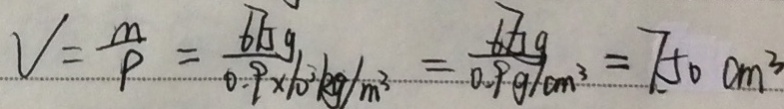
V = \frac { m } { \rho } = \frac { 6 7 5 g } { 0 . 9 g 1 0 ^ { 3 } k g / m ^ { 3 } } = \frac { 6 7 5 g } { 0 . 9 g / m ^ { 3 } } = 7 5 0 c m ^ { 3 }